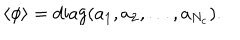
\langle \phi \rangle = \mathrm { d i a g } ( a _ { 1 } , a _ { 2 } , \ldots , a _ { N _ { c } } ) .